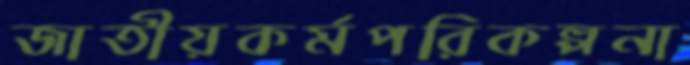
জাতীয়কর্মপরিকল্পনা